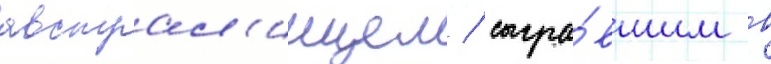
австрал'иицем / сыгра́вшим в